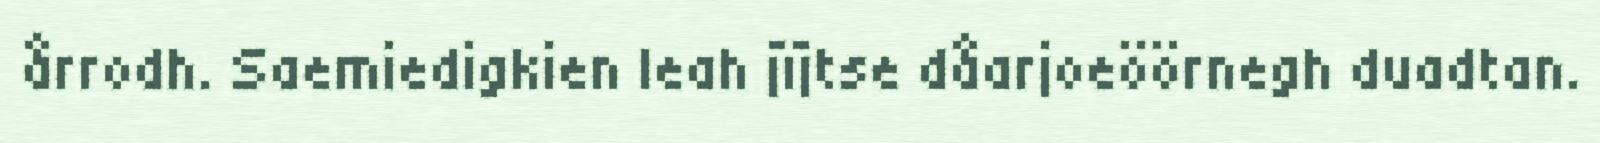
årrodh. Saemiedigkien leah jïjtse dåarjoeöörnegh duadtan.